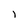
Character: l